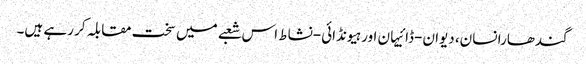
گندھارا نسان، دیوان-ڈائیہان اور ہیونڈائی-نشاط اس شعبے میں سخت مقابلہ کر رہے ہیں۔